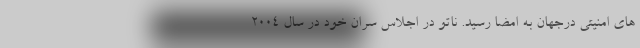
های امنیتی درجهان به امضا رسید. ناتو در اجلاس سران خود در سال ۲۰۰۴